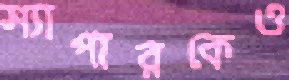
স্যাপারকেও